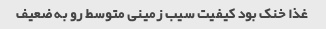
غذا خنک بود کیفیت سیب زمینی متوسط رو به ضعیف